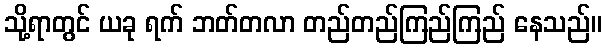
သို့ရာတွင် ယခု ရက် ဘတ်တလာ တည်တည်ကြည်ကြည် နေသည်။